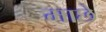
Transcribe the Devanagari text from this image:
माछे